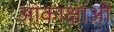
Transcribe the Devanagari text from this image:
आकाक्षाओं